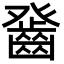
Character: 𤼻